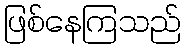
ဖြစ်နေကြသည်